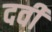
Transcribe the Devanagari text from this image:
दवी